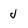
Character: J